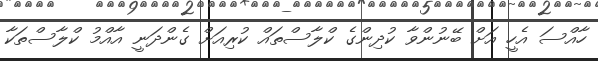
ހާއްސަ އެހީ އަށް ބޭނުންވާ ކުދިންގެ ކްލާސްތައް ކުރިއަށް ގެންދަނީ އާއްމު ކްލާސްތަކާ